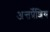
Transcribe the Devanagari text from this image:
अन्तर्प्रेशिय